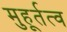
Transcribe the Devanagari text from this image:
मुहूर्तत्व